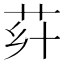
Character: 𦭚